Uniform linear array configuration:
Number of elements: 32
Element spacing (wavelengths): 0.25
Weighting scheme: hamming
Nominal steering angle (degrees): -45
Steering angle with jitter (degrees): -44.156
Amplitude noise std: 0.05
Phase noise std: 0.05

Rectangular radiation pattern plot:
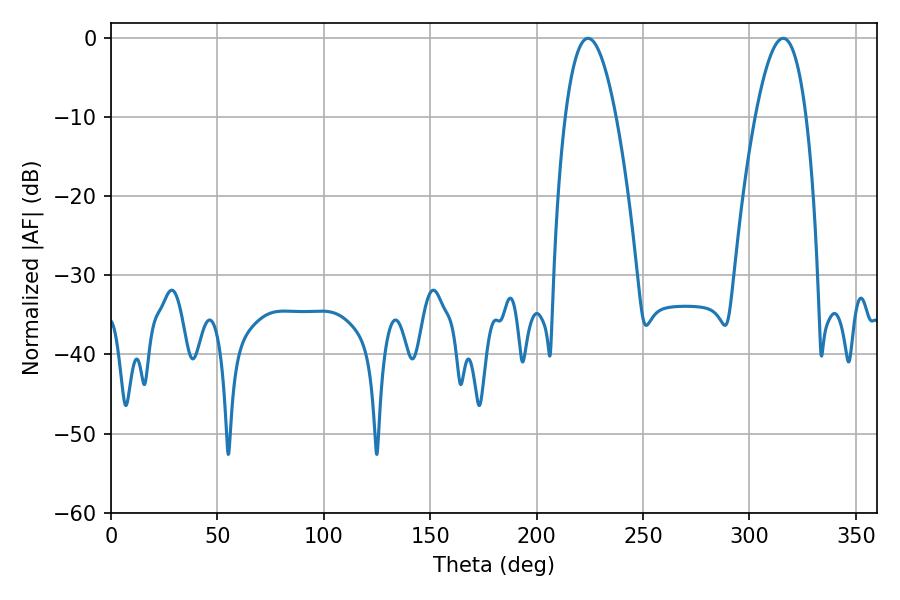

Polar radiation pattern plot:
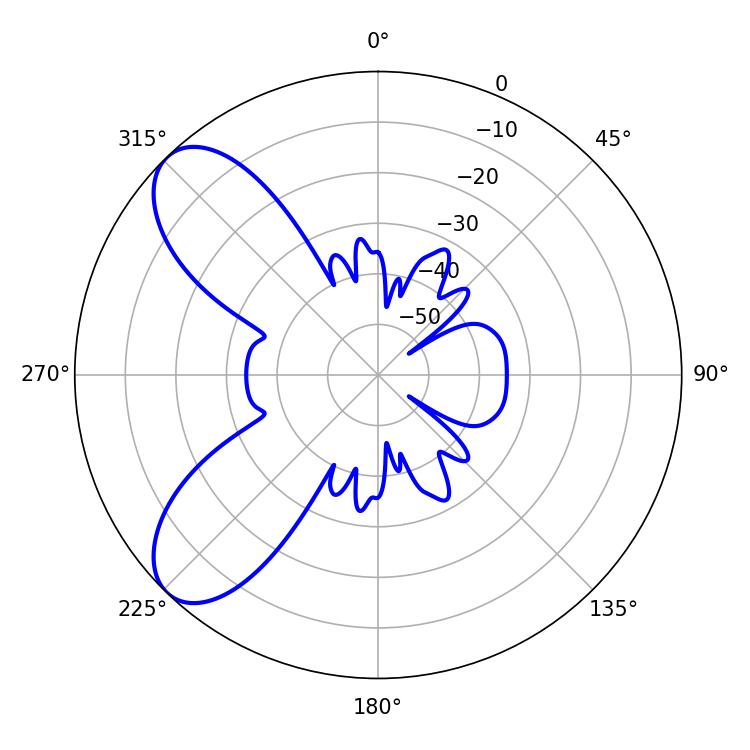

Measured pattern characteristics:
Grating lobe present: FALSE
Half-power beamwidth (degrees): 13.14
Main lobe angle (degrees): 224.1